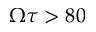
\Omega \tau > 8 0